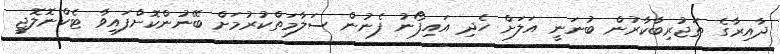
ދާއިރާގެ ތަޖުރިބާކާރުން ބުނަނީ އަލަށް ހެދި އައިފޯނު ފެނުން ސަލާމަތްކުރުމަށް ބޭނުންކޮށްފައިވާ ޓެކްނޮލޮޖީ